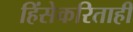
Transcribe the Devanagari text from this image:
हिंसेकरिताही